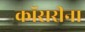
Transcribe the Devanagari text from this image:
कॉसरीना